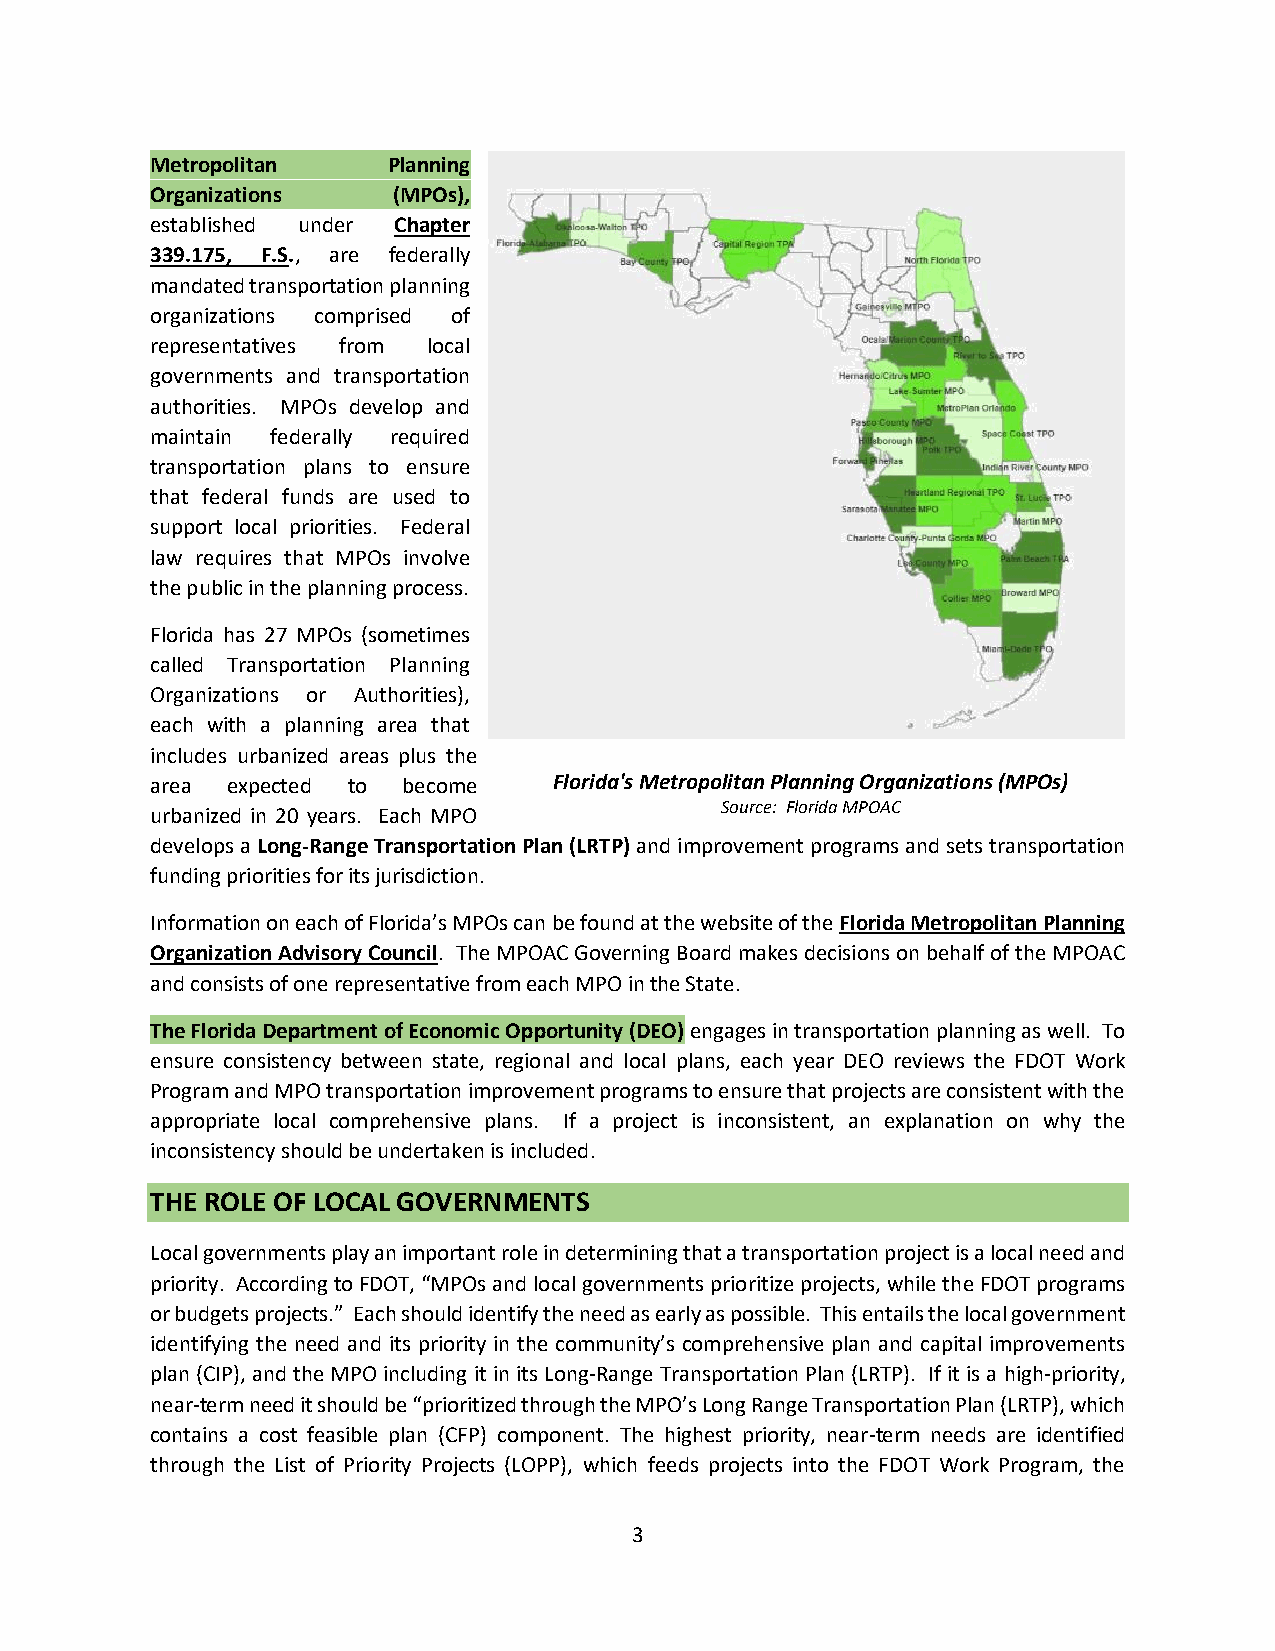
Metropolitan    Planning
 Organizations   (MPOs),
 established under Chapter
 339.175, F.S., are federally
 mandated transportation planning
 organizations comprised of
 representatives from local
 governments and transportation
 authorities. MPOs develop and
 maintain federally required
 transportation plans to ensure
 that federal funds are used to
 support local priorities. Federal
 law requires that MPOs involve
 the public in the planning process.
 Florida has 27 MPOs (sometimes
 called Transportation Planning
 Organizations or Authorities),
 each with a planning area that
 includes urbanized areas plus the
 area expected to become    Florida's Metropolitan Planning Organizations (MPOs)
 Source: Florida MPOAC
 urbanized in 20 years. Each MPO
 develops a Long-Range Transportation Plan (LRTP) and improvement programs and sets transportation
 funding priorities for its jurisdiction.
 Information on each of Florida’s MPOs can be found at the website of the Florida Metropolitan Planning
 Organization Advisory Council. The MPOAC Governing Board makes decisions on behalf of the MPOAC
 and consists of one representative from each MPO in the State.
 The Florida Department of Economic Opportunity (DEO) engages in transportation planning as well. To
 ensure consistency between state, regional and local plans, each year DEO reviews the FDOT Work
 Program and MPO transportation improvement programs to ensure that projects are consistent with the
 appropriate local comprehensive plans. If a project is inconsistent, an explanation on why the
 inconsistency should be undertaken is included.
 THE ROLE OF LOCAL GOVERNMENTS
 Local governments play an important role in determining that a transportation project is a local need and
 priority. According to FDOT, “MPOs and local governments prioritize projects, while the FDOT programs
 or budgets projects.” Each should identify the need as early as possible. This entails the local government
 identifying the need and its priority in the community’s comprehensive plan and capital improvements
 plan (CIP), and the MPO including it in its Long-Range Transportation Plan (LRTP). If it is a high-priority,
 near-term need it should be “prioritized through the MPO’s Long Range Transportation Plan (LRTP), which
 contains a cost feasible plan (CFP) component. The highest priority, near-term needs are identified
 through the List of Priority Projects (LOPP), which feeds projects into the FDOT Work Program, the
 3